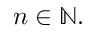
n \in \mathbb N .